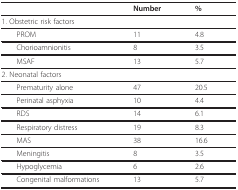
|  | Number | % |
 | --- | --- | --- |
 | 1. Obstetric risk factors |  |  |
 | PROM | 11 | 4.8 |
 | Chorioamnionitis | 8 | 3.5 |
 | MSAF | 13 | 5.7 |
 | 2. Neonatal factors |  |  |
 | Prematurity alone | 47 | 20.5 |
 | Perinatal asphyxia | 10 | 4.4 |
 | RDS | 14 | 6.1 |
 | Respiratory distress | 19 | 8.3 |
 | MAS | 38 | 16.6 |
 | Meningitis | 8 | 3.5 |
 | Hypoglycemia | 6 | 2.6 |
 | Congenital malformations | 13 | 5.7 |